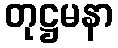
တုဋ္ဌမနာ